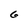
Character: 6